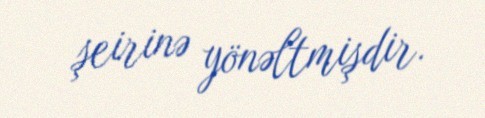
şeirinə yönəltmişdir.